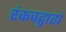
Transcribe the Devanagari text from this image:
रंकवद्ग्राह्यं